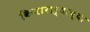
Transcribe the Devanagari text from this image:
किनाराऱ्याच्या